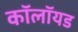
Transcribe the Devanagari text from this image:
कॉलॉयड